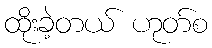
ထိုးခဲ့တယ် ဟုတ်စ